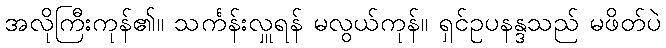
အလိုကြီးကုန်၏။ သင်္ကန်းလှူရန် မလွယ်ကုန်။ ရှင်ဥပနန္ဒသည် မဖိတ်ပဲ